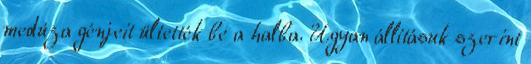
medúza génjeit ültették be a halba. Ugyan állításuk szerint